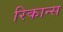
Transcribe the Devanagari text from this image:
रिकान्स